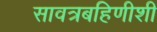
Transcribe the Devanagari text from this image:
सावत्रबहिणीशी